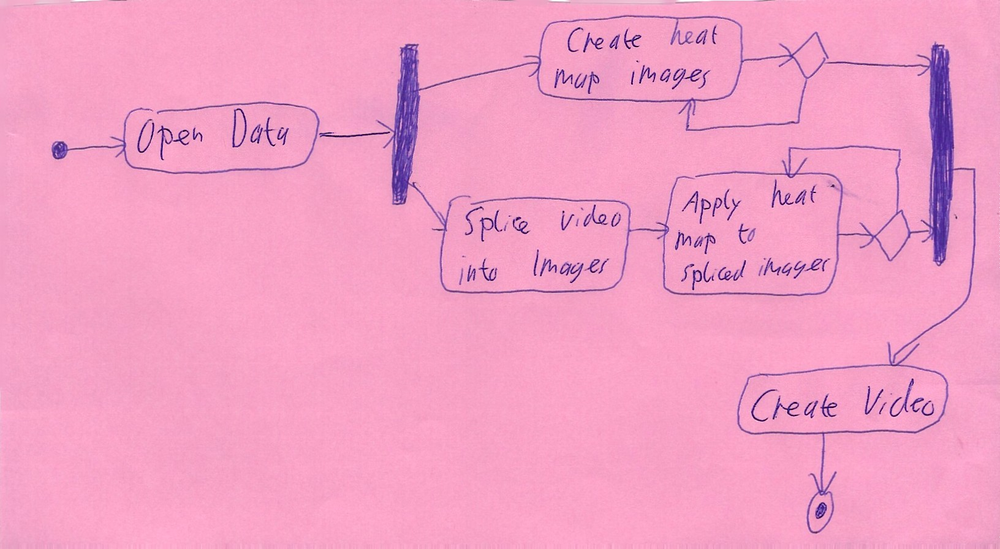
Diagram type: activity_diagram
```plantuml
@startuml

start

:Open Data;

fork
  repeat:Create heat map images;
  repeat while
fork again
  :Splice video into Images;
  repeat:Apply heat map to spliced images;
  repeat while ()
end fork

:Create Video;

stop

@enduml
```